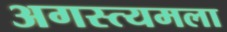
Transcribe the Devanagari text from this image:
अगस्त्यमला